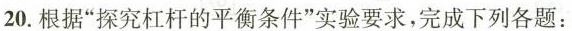
20. 根据“探究杠杆的平衡条件”实验要求，完成下列各题：